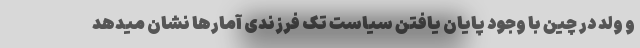
و ولد در چین با وجود پایان یافتن سیاست تک فرزندی آمارها نشان میدهد